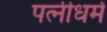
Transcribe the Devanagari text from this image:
पत्‍नीधर्म